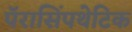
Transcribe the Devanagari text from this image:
पॅरासिंपथेटिक